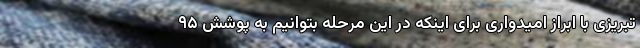
تبریزی با ابراز امیدواری برای اینکه در این مرحله بتوانیم به پوشش ۹۵